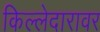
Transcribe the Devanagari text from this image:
किल्लेदारावर